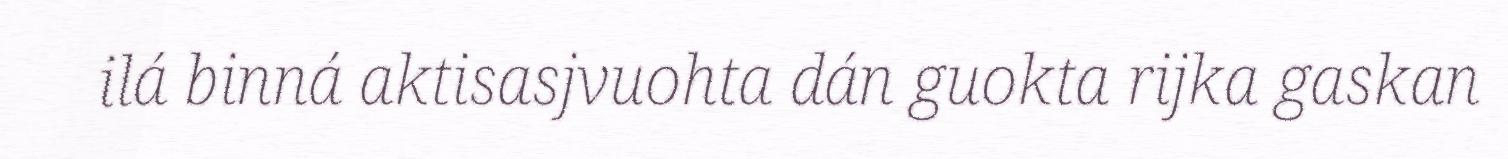
ilá binná aktisasjvuohta dán guokta rijka gaskan